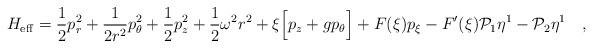
LaTeX: \begin{align*}H_{\rm eff}=\frac{1}{2}p^2_r+\frac{1}{2r^2}p^2_\theta+\frac{1}{2}p^2_z+\frac{1}{2}\omega^2r^2+\xi\Big[p_z+gp_\theta\Big]+F(\xi)p_\xi-F'(\xi){\cal P}_1\eta^1-{\cal P}_2\eta^1\ \ \ ,\end{align*}